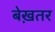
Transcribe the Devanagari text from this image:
बेख़तर